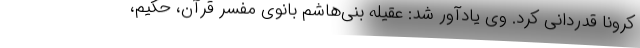
کرونا قدردانی کرد. وی یادآور شد: عقیله بنی‌هاشم بانوی مفسر قرآن، حکیم،